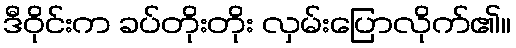
ဒီဝိုင်းက ခပ်တိုးတိုး လှမ်းပြောလိုက်၏။